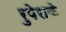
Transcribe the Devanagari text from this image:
रुपेराके